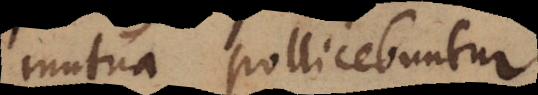
mutua pollicebuntur